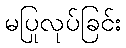
မပြုလုပ်ခြင်း